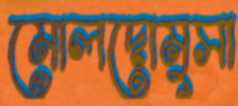
মোলদোমুসা